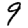
Digit: 9